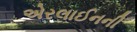
એરલાઈનની